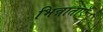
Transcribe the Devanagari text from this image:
भिन्नाताएँ